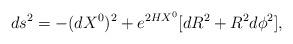
LaTeX: \begin{align*}ds^2=-(dX^0)^2+e^{2HX^0}[dR^2+R^2d\phi^2],\end{align*}